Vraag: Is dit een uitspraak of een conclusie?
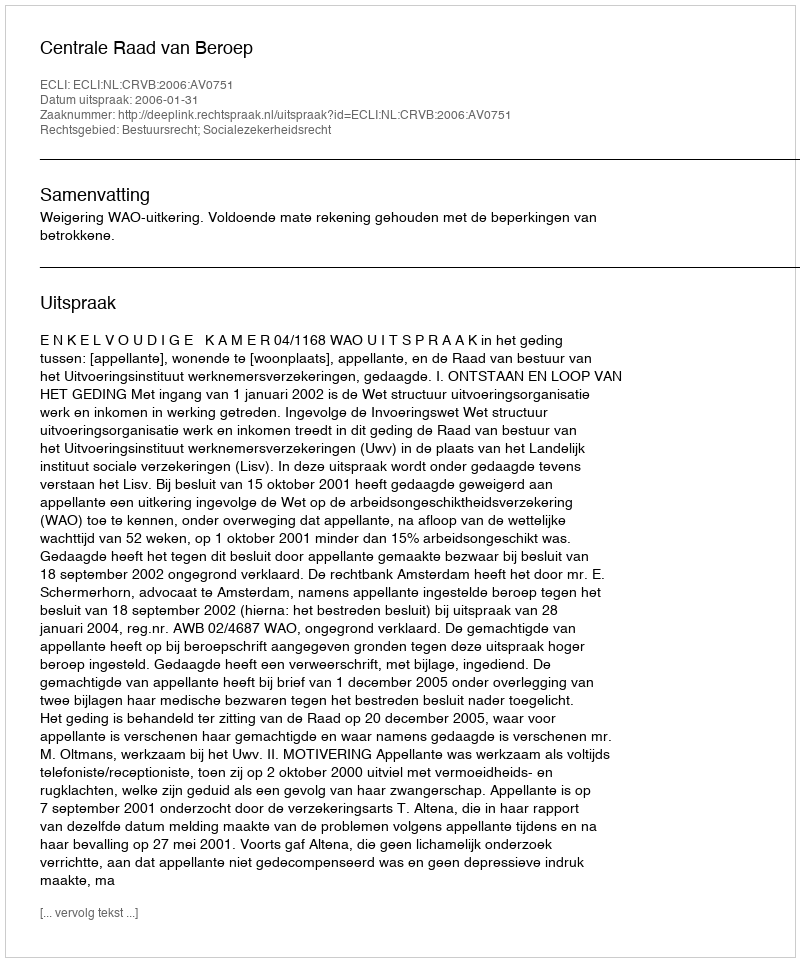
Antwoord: Uitspraak